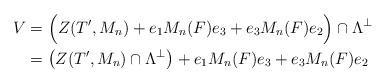
LaTeX: \begin{align*} V &= \Big( Z(T',M_n)+e_1 M_n(F) e_3 + e_3 M_n(F) e_2\Big) \cap \Lambda^\perp \\ &=\left( Z(T',M_n)\cap \Lambda^\perp\right)+ e_1 M_n(F) e_3 + e_3 M_n(F) e_2\end{align*}